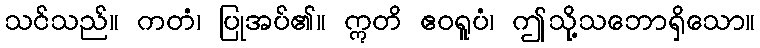
သင်သည်။ ကတံ၊ ပြုအပ်၏။ ဣတိ ဧဝရူပံ၊ ဤသို့သဘောရှိသော။